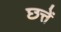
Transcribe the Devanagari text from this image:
छत्तें